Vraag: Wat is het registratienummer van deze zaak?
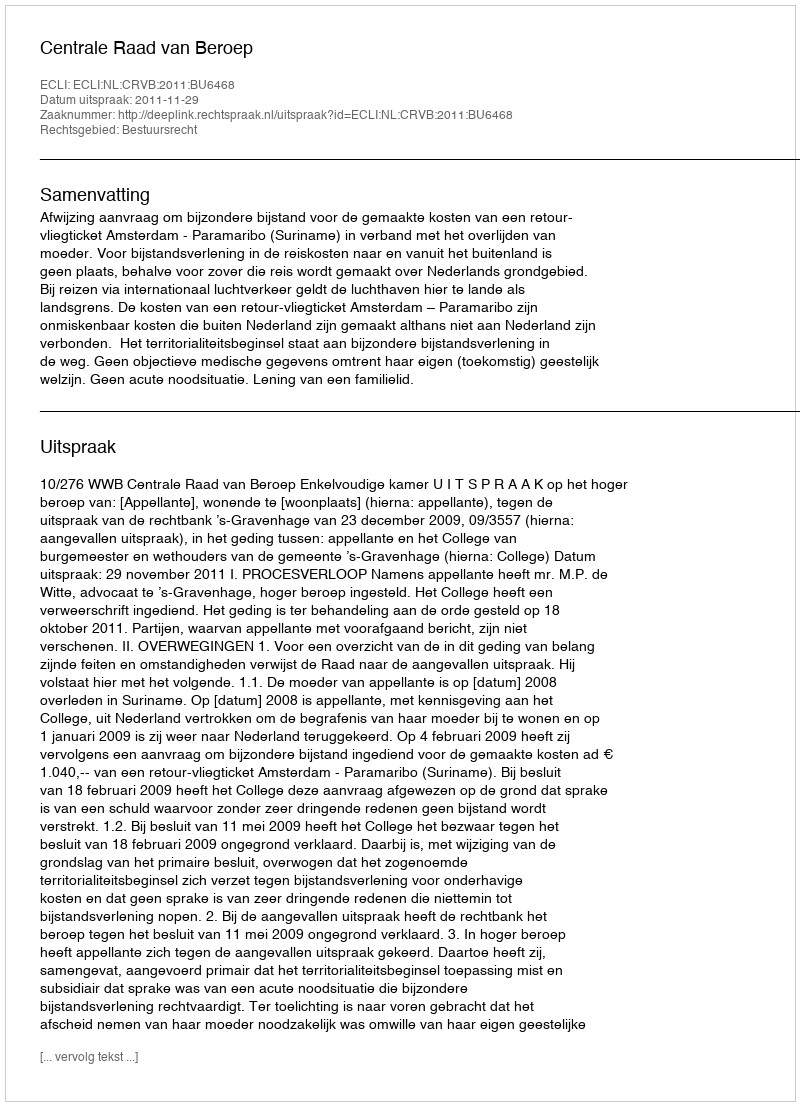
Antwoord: http://deeplink.rechtspraak.nl/uitspraak?id=ECLI:NL:CRVB:2011:BU6468